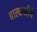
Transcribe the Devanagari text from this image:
बाल्कनीचे